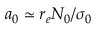
a _ { 0 } \simeq r _ { e } N _ { 0 } / \sigma _ { 0 }